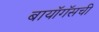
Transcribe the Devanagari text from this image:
बायॉगॅसची